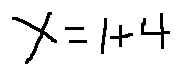
X = 1 + 4